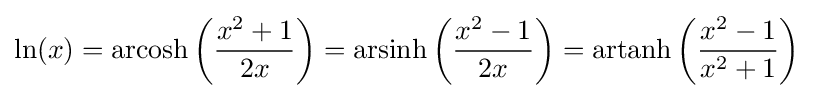
\ln(x)=\operatorname {arcosh} \left({\frac {x^{2}+1}{2x}}\right)=\operatorname {arsinh} \left({\frac {x^{2}-1}{2x}}\right)=\operatorname {artanh} \left({\frac {x^{2}-1}{x^{2}+1}}\right)